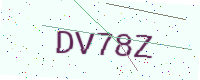
Text: DV78Z